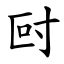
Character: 尀